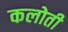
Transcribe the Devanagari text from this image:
कलोती